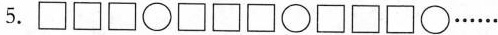
5.□□□\bigcirc□□□\bigcirc□□□\bigcirc……